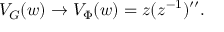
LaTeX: V _ { { \cal G } } ( w ) \rightarrow V _ { \Phi } ( w ) = z ( z ^ { - 1 } ) ^ { \prime \prime } .